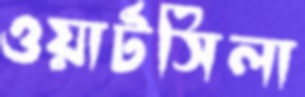
ওয়ার্টসিলা